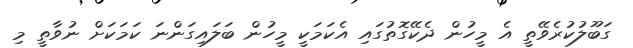
ގަބޫލުކުރެވޭތީ އެ މީހުން ދެކޭގޮތުގައި އެކަމަކީ މީހުން ބަލައިގަންނަ ކަމަކަށް ނުވާތީ މި